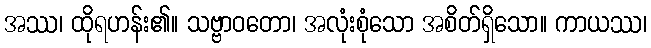
အဿ၊ ထိုရဟန်း၏။ သဗ္ဗာဝတော၊ အလုံးစုံသော အစိတ်ရှိသော။ ကာယဿ၊